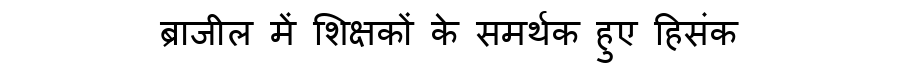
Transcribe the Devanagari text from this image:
ब्राजील में शिक्षकों के समर्थक हुए हिसंक